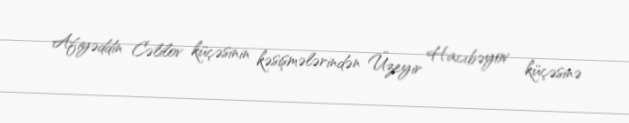
Afiyəddin Cəlilov küçəsinin kəsişmələrindən Üzeyir Hacıbəyov küçəsinə